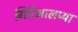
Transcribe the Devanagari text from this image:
गिरिमालप्या